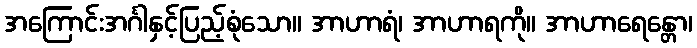
အကြောင်းအင်္ဂါနှင့်ပြည့်စုံသော။ အာဟာရံ၊ အာဟာရကို။ အာဟာရေန္တော၊